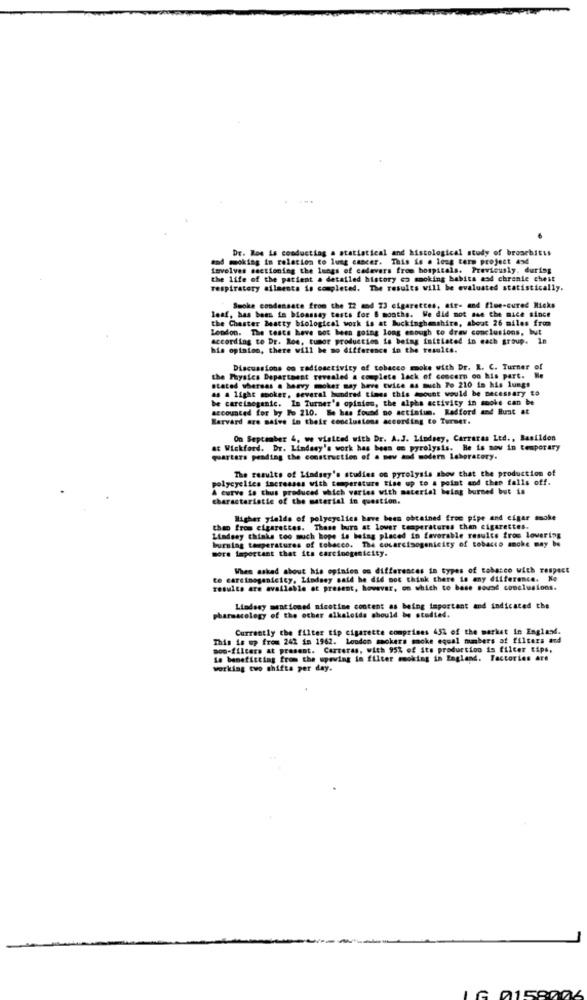
Dr. Ros is conducting a statistical and histological study of broochitis
and mooking in relation to lung cancer. This is a long term project and
Involves sectioning the lungs of cadavers from hospitals. Previously, during
the life of the patient a detailed history co smoking babits asd chronic chest
respiratory ailments is completed. The results will be evaluated statistically.
leaf, has been ie bioassay tests for & months. We did not ase che mice since
Smoke condensate from the 12 and 73 cigarettes, air- and flue-cured Hicks
the Chester Beatty biological work is at buckinghamshire, about 26 miles from
London. The tests have not been going long enough to draw conclusions, but
according to Dr. Roe, tumor production is being initiated in each group. In
his opinion, there will be no difference in the results.
Discussions on radioactivity of tobacco moke with Dr. R. C. Turner
the Physics Department revealed a complete lack of concern on his part.
stated whereas a heavy moker may have twice as much 20 210 in his lungs
as a light mooker, several hundred times this amount would be necessary to
be carcinogenic. In Turner's opinion, the alpha activity in smoke can be
accounted for by Po 210. Be has found no actintum. Redford and Bunt at
Harvard are maive in their conclusions according to Turmet.
On September 4, we visited with Dr. A.J. Lindsey, Carraras Ltd ., Basildon
at Wickford. Dr. Lindasy's work has been es pyrolysis. He is now in temporary
quarters pending the construction of a new and modern Laboratory.
The results of Lindsey's studies on pyrolysis show that the production of
polycyclics increases with temperature tise up to a point and thep falls off.
A curve is thus produced which varies with material being burned but is
Characteristic of the material in question.
Higher yields of polyeyalics have been obtained from pipe and eigar smoke
then from cigarettes. These burs at lover temperatures than cigarettes.
burning temperatures of tobacco. The cocarcisogenicity of tobacco anche may be
Lindsey thinks too much hope is being placed in favorable results from lovering
more Important that its carcinogenicity.
When asked about his opinion on differences in types of tobacco with respect
to carcinogenicity, Lindsey said he did not think there is any difference. Ke
results are available at present, however, on which to base sousd conclusions.
Lindsey mentioned nicotine content as being important and indicated the
pharmacology of the other alkaloids should be studied.
Currently the filter tip cigarette comprises 432 of the market in England.
This is up from 242 in 1962. London mokers macke equal manbers at filters and
Bon-filters at present. Carreras, with 95% of its production is filter tips,
le benefitting from the wpewing in filter smoking in England. Factories are
working two shifts per day.
IG 0158006